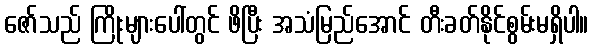
ဇော်သည် ကြိုးများပေါ်တွင် ဖိပြီး အသံမြည်အောင် တီးခတ်နိုင်စွမ်းမရှိပါ။